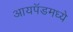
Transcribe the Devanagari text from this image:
आयपॅडमध्ये